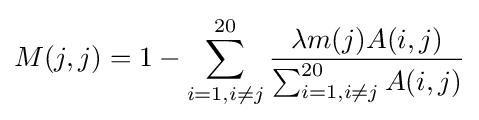
M(j,j)=1-\sum _{i=1,i\neq j}^{20}{\frac {\lambda m(j)A(i,j)}{\sum _{i=1,i\neq j}^{20}A(i,j)}}